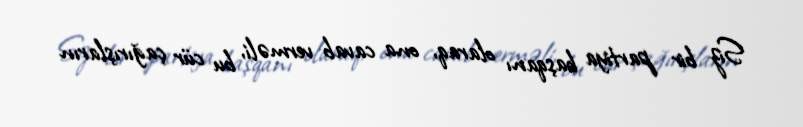
Siz bir partiya başqanı olaraq, ona cavab verməli, bu cür çağırışların